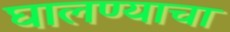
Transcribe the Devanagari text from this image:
घालण्‍याचा